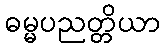
ဓမ္မပညတ္တိယာ